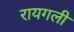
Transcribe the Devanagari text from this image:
रायगली